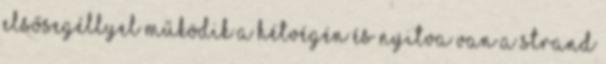
elsősegéllyel működik a hétvégén és nyitva van a strand